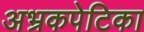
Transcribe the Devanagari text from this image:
अभ्रकपेटिका